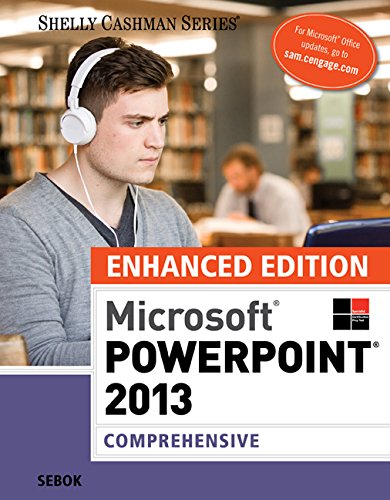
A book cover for Enhanced Microsoft PowerPoint 2013: Comprehensive (Microsoft Office 2013 Enhanced Editions); Susan L. Sebok; Computers & Technology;